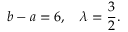
b - a = 6 , \quad \lambda = \frac { 3 } { 2 } .